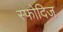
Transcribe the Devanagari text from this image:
स्फोदिज